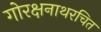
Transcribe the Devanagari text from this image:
गोरक्षनाथरचित